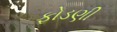
ફોડણી